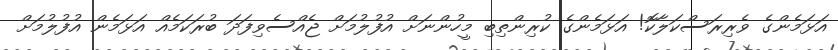
އަޅަމެންގެ ވެރިރަސްކަލާކޮ! އަޅަމެންގެ ކުރިންތިބި މީހުންނަށް އުފުލުމަށް ޖެއްސެވިފަދަ ބުރަކަމެއް އަޅަމެން އުފުލުމަށް